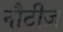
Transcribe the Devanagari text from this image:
नौटीज़